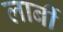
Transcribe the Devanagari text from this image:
लार्बी